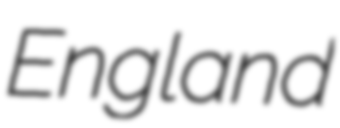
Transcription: England